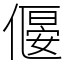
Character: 𠍾